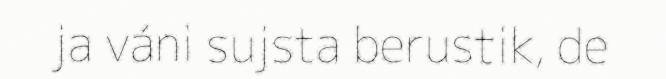
ja váni sujsta berustik, de